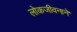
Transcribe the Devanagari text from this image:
लोकजीवनाने